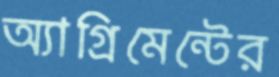
অ্যাগ্রিমেন্টের